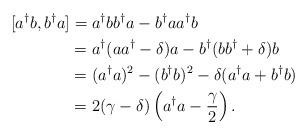
LaTeX: \begin{align*} [a^{\dagger}b,b^{\dagger}a] &= a^{\dagger}bb^{\dagger}a - b^{\dagger}aa^{\dagger}b \\ &= a^{\dagger}(aa^{\dagger}-\delta)a - b^{\dagger}(bb^{\dagger}+\delta)b \\ &= (a^{\dagger}a)^2 - (b^{\dagger}b)^2 - \delta(a^{\dagger}a + b^{\dagger}b) \\ &= 2(\gamma-\delta)\left(a^{\dagger}a - \frac{\gamma}{2}\right).\end{align*}